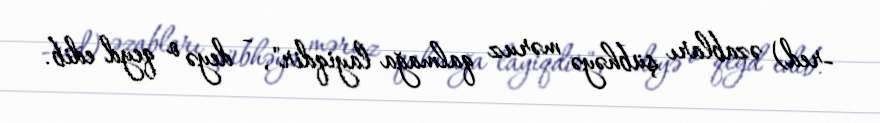
-red) əzabları şübhəyə məruz qalmağa layiqdir", - deyə o qeyd edib.